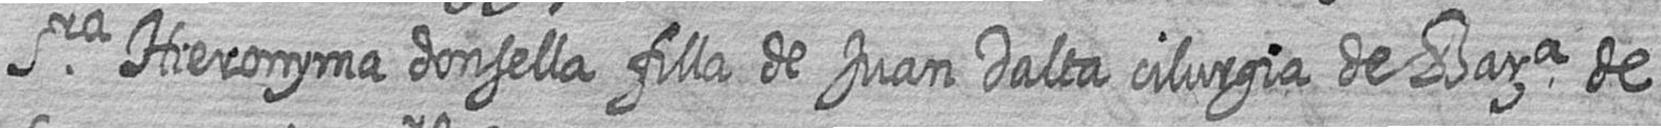
Sra Hieronyma donsella filla de Juan Dalta cilurgia de Bara de